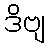
ဒိဗျ